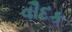
વૌદક